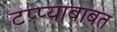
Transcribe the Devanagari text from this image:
टप्प्याबाबत